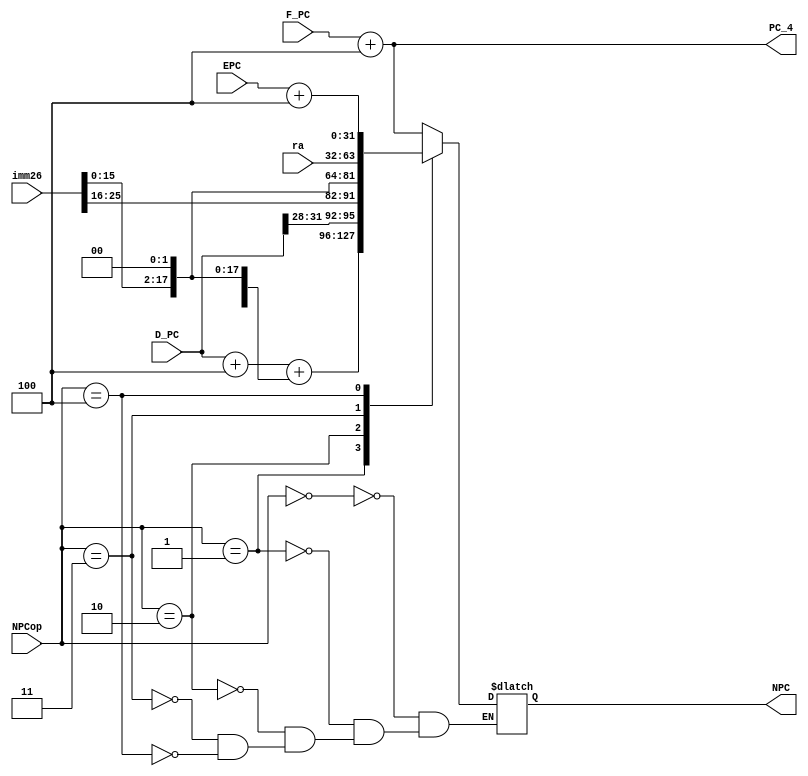
`timescale 1ns / 1ps
module NPC(
    input [31:0] F_PC,
    input [31:0] D_PC,
	 input [31:0] EPC,
    input [2:0] NPCop,
    input [31:0] ra,
    input [25:0] imm26,
    output [31:0] PC_4,
    output reg[31:0] NPC
    );
	 assign PC_4 = F_PC + 4;
	 always@(*)begin
	     case(NPCop)
		      3'b000:begin
				    NPC <= F_PC + 4;
				end
				3'b001:begin
					 NPC <= D_PC + 4 + {{14{imm26[15]}},imm26[15:0],{2{1'b0}}};
				end
				3'b010:begin
				    NPC <= {{D_PC[31:28]},imm26,{2{1'b0}}};
				end
				3'b011:begin
				    NPC <= ra;
				end
				3'b100:begin
				    NPC <= EPC + 4;
				end
		  endcase
		  
	 end
	 


endmodule